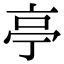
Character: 亭